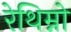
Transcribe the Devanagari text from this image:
रेथिम्नो